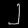
Digit: ၂